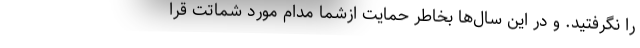
را نگرفتید. و در این سال‌ها بخاطر حمایت ازشما مدام مورد شماتت قرا